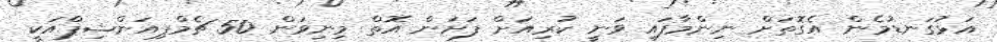
އަޅުގަނޑުމެން އެގޮތަށް ނިންމާފައި ވަނީ ކުރިއަށް ފަށަން އޮތް މިނިވަން 50 ޗެމްޕިއަންޝިޕްއަކީ